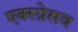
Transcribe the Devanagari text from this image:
एक्स्प्रेसव